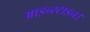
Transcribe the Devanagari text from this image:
आइन्स्टाइन।